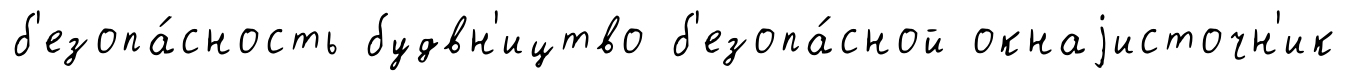
б'езопа́сность будвн'ицтво б'езопа́сной окнаjисточн'ик